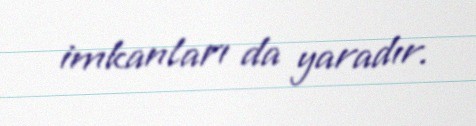
imkanları da yaradır.